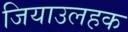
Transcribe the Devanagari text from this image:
जियाउलहक